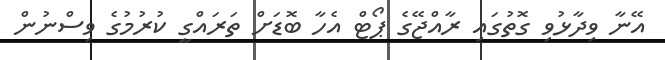
އޭނާ ވިދާޅުވި ގޮތުގައި ރާއްޖޭގެ ޕޯޓް އެހާ ބޮޑަށް ތަރައްގީ ކުރުމުގެ ވިސްނުން